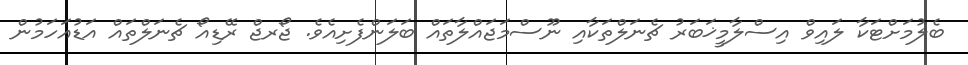
ބެލުމަށްޓަކާ ލައިވް އިސްލާމީޚަބަރު ޗެނަލްތަކާއި ނޫސްމަޖައްލާތައް ބަލަންފެށިއެވެ. ޖޯރޖް ރޭޑިއޯ ޗެނަލްތައް އަޑުއަހަމުން